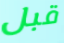
قبل